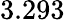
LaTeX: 3.293